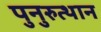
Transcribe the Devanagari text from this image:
पुनुरुत्थान